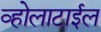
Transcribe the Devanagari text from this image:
व्होलाटाईल